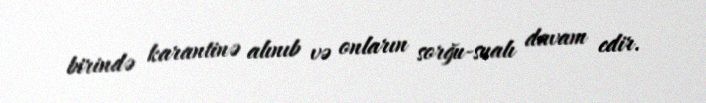
birində karantinə alınıb və onların sorğu-sualı davam edir.